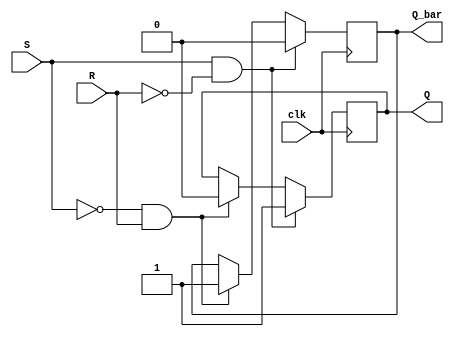
module sr_flipflop(
    input S, R, clk,
    output reg Q, Q_bar
);

always @(posedge clk) begin
    if (S && !R) begin
        Q <= 1'b1;
        Q_bar <= 1'b0;
    end else if (!S && R) begin
        Q <= 1'b0;
        Q_bar <= 1'b1;
    end
end

endmodule